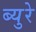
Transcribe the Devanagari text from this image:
ब्युरे